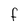
Character: F